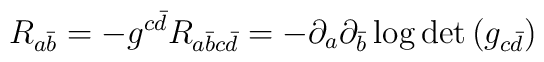
R_{a{\bar b}}=-g^{c{\bar d}}R_{a{\bar b}c{\bar d}}=-\partial_a\partial_{\bar b}\log{\det{(g_{c{\bar d}})}}